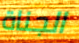
الجناة